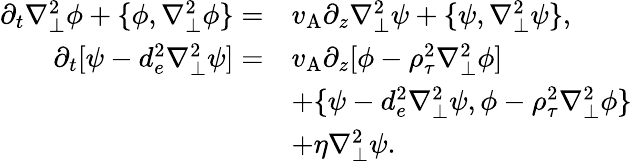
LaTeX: \begin{array}{rl}{\partial_{t}\nabla_{\perp}^{2}\phi+\{ \phi,\nabla_{\perp}^{2}\phi\} =}&{v_{\mathrm{A}}\partial_{z}\nabla_{\perp}^{2}\psi+\{ \psi,\nabla_{\perp}^{2}\psi\} ,}\\ {\partial_{t}[\psi-d_{e}^{2}\nabla_{\perp}^{2}\psi]=}&{v_{\mathrm{A}}\partial_{z}[\phi-\rho_{\tau}^{2}\nabla_{\perp}^{2}\phi]}\\ &{+\{ \psi-d_{e}^{2}\nabla_{\perp}^{2}\psi,\phi-\rho_{\tau}^{2}\nabla_{\perp}^{2}\phi\} }\\ &{+\eta\nabla_{\perp}^{2}\psi.}\end{array}